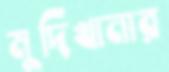
মুদিখানার